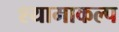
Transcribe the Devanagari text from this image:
श्यामाकल्प